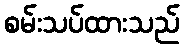
စမ်းသပ်ထားသည်